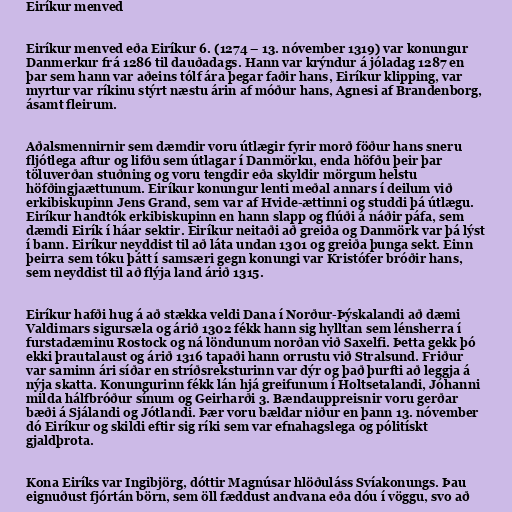
Eiríkur menved

Eiríkur menved eða Eiríkur 6. (1274 – 13. nóvember 1319) var konungur
Danmerkur frá 1286 til dauðadags. Hann var krýndur á jóladag 1287 en
þar sem hann var aðeins tólf ára þegar faðir hans, Eiríkur klipping, var
myrtur var ríkinu stýrt næstu árin af móður hans, Agnesi af Brandenborg,
ásamt fleirum.

Aðalsmennirnir sem dæmdir voru útlægir fyrir morð föður hans sneru
fljótlega aftur og lifðu sem útlagar í Danmörku, enda höfðu þeir þar
töluverðan stuðning og voru tengdir eða skyldir mörgum helstu
höfðingjaættunum. Eiríkur konungur lenti meðal annars í deilum við
erkibiskupinn Jens Grand, sem var af Hvide-ættinni og studdi þá útlægu.
Eiríkur handtók erkibiskupinn en hann slapp og flúði á náðir páfa, sem
dæmdi Eirík í háar sektir. Eiríkur neitaði að greiða og Danmörk var þá lýst
í bann. Eiríkur neyddist til að láta undan 1301 og greiða þunga sekt. Einn
þeirra sem tóku þátt í samsæri gegn konungi var Kristófer bróðir hans,
sem neyddist til að flýja land árið 1315.

Eiríkur hafði hug á að stækka veldi Dana í Norður-Þýskalandi að dæmi
Valdimars sigursæla og árið 1302 fékk hann sig hylltan sem lénsherra í
furstadæminu Rostock og ná löndunum norðan við Saxelfi. Þetta gekk þó
ekki þrautalaust og árið 1316 tapaði hann orrustu við Stralsund. Friður
var saminn ári síðar en stríðsreksturinn var dýr og það þurfti að leggja á
nýja skatta. Konungurinn fékk lán hjá greifunum í Holtsetalandi, Jóhanni
milda hálfbróður sínum og Geirharði 3. Bændauppreisnir voru gerðar
bæði á Sjálandi og Jótlandi. Þær voru bældar niður en þann 13. nóvember
dó Eiríkur og skildi eftir sig ríki sem var efnahagslega og pólitískt
gjaldþrota.

Kona Eiríks var Ingibjörg, dóttir Magnúsar hlöðuláss Svíakonungs. Þau
eignuðust fjórtán börn, sem öll fæddust andvana eða dóu í vöggu, svo að